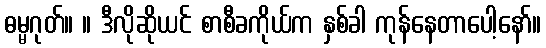
ဓမ္မဂုတ်။ ။ ဒီလိုဆိုယင် စာစီခကိုယ်က နှစ်ခါ ကုန်နေတာပေါ့နော်။